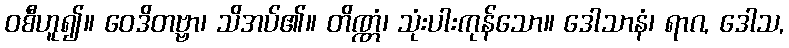
ဝစီဟူ၍။ ဝေဒိတဗ္ဗာ၊ သိအပ်၏။ တိဏ္ဏံ၊ သုံးပါးကုန်သော။ ဒေါသာနံ၊ ရာဂ, ဒေါသ,